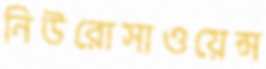
নিউরোসাওয়েন্স